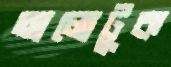
আলোটুক